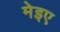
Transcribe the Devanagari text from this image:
मेइए